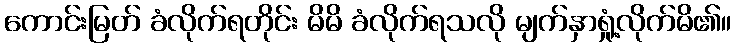
ကောင်းမြတ် ခံလိုက်ရတိုင်း မိမိ ခံလိုက်ရသလို မျက်နှာရှုံ့လိုက်မိ၏။